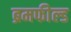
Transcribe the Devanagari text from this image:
ब्रमफील्ड